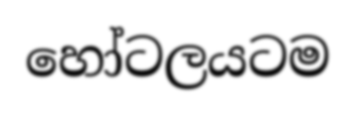
හෝටලයටම